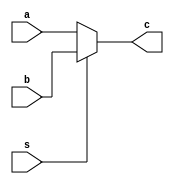
module MUX(a , b ,c , s);
input [31:0]a;
input [31:0]b;
input s;
output [31:0]c ;
//assign c= (s==1)?a:b; 
assign c= (s==0)?a:b;
endmodule
module MUX3(a,b,c,s,out);
input [31:0]a,b,c;
input [1:0]s;
output reg[31:0]out; 

always @(*)
case (s)
2'b00: out<=a;
2'b01: out<=b;
2'b10: out<=c;
//2'b11: out<=d;
default out<=a;
endcase 
endmodule

module PC_4 ( PC,PCN);
input [31:0] PC;
output [31:0] PCN ;

assign PCN=PC + 4;


		
endmodule